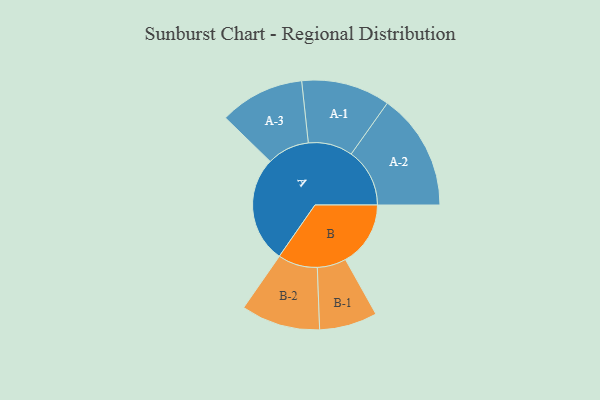
{"axis": {"x": "Segment", "y": "Value"}, "legend": ["", "A", "B"], "data": [{"x": "A", "y": 371, "type": ""}, {"x": "B", "y": 227, "type": ""}, {"x": "A-1", "y": 155, "type": "A"}, {"x": "A-2", "y": 204, "type": "A"}, {"x": "A-3", "y": 148, "type": "A"}, {"x": "B-1", "y": 101, "type": "B"}, {"x": "B-2", "y": 138, "type": "B"}]}